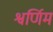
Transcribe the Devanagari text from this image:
श्वर्णिम